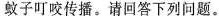
蚊子叮咬传播。请回答下列问题。